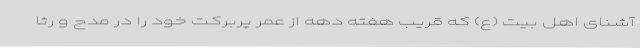
آشنای اهل بیت (ع) که قریب هفته دهه از عمر پربرکت خود را در مدح و رثا